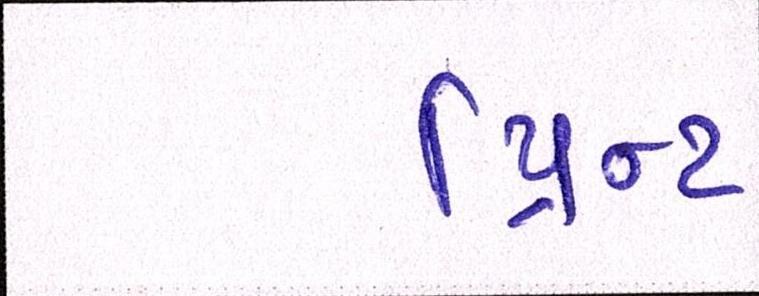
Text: પ્રિન્ટ